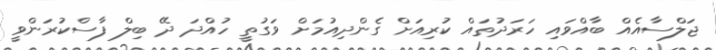
ޖަލްސާއެއް ބާއްވައި ހަރަދުތައް ކުރިއަށް ގެންދިއުމަށް ވަގުތީ ހުއްދަ ދޭ ބިލް ފާސްކުރަންވީ